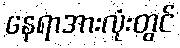
နေရာအားလုံးတွင်